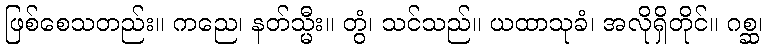
ဖြစ်စေသတည်း။ ကညေ၊ နတ်သ္မီး။ တွံ၊ သင်သည်။ ယထာသုခံ၊ အလိုရှိတိုင်။ ဂစ္ဆ၊